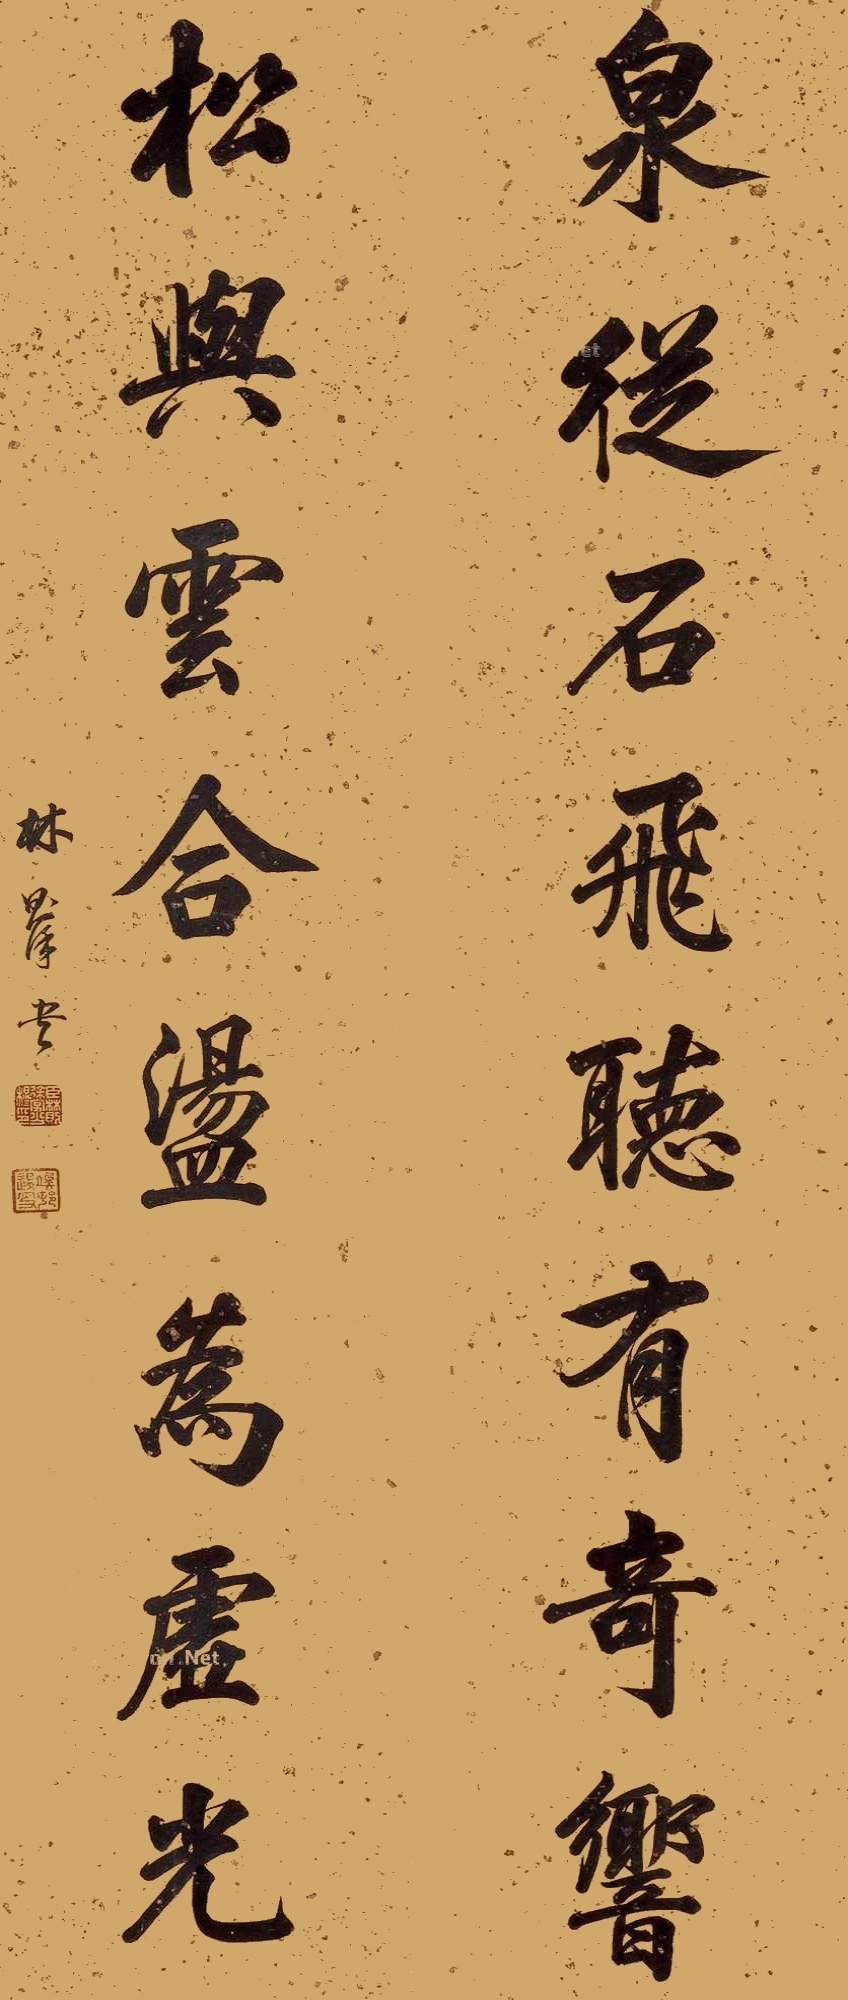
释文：泉从石飞听有奇响，松与云合荡为虚光。林则徐书。